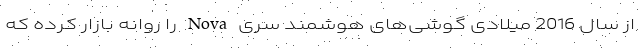
از سال 2016 میلادی گوشی‌های هوشمند سری Nova را روانه بازار کرده که